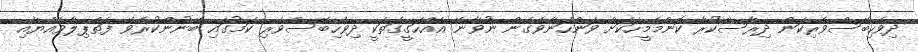
ދިވެހިބޭސްވެރިކަން ދިރާސާކުރާ ކޮންމެމީހަކަށް ވަންހަނާވެގެން ނުވާނޭ އެއްހަގީގަތަކީ ދިވެހިބޭސްވެރި ކަމުގައި ބޭނުންކުރެވޭ ފަތްޕިލާވެއްޔާއި